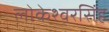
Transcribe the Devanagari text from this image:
लोकेश्वरसिंह